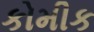
કોમીક